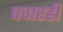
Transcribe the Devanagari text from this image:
पवारही